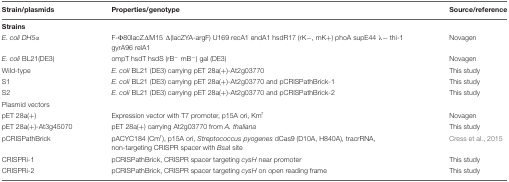
<table><thead><tr><td><b>Strain/plasmids</b></td><td><b>Properties/genotype</b></td><td><b>Source/reference</b></td></tr></thead><tbody><tr><td colspan="3"><b>Strains</b></td></tr><tr><td><i>E. coli DH5α</i></td><td>F-Φ80lacZΔM15 Δ(lacZYA-argF) U169 recA1 endA1 hsdR17 (rK-, mK+) phoA supE44 λ- thi-1 gyrA96 relA1</td><td>Novagen</td></tr><tr><td><i>E. coli</i> BL21(DE3)</td><td>ompT hsdT hsdS (rB<sup>-</sup> mB<sup>-</sup>) gal (DE3)</td><td>Novagen</td></tr><tr><td>Wild-type</td><td><i>E. coli</i> BL21 (DE3) carrying pET 28a(+)-At2g03770</td><td>This study</td></tr><tr><td>S1</td><td><i>E. coli</i> BL21 (DE3) carrying pET 28a(+)-At2g03770 and pCRISPathBrick-1</td><td>This study</td></tr><tr><td>S2</td><td><i>E. coli</i> BL21 (DE3) carrying pET 28a(+)-At2g03770 and pCRISPathBrick-2</td><td>This study</td></tr><tr><td colspan="3">Plasmid vectors</td></tr><tr><td>pET 28a(+)</td><td>Expression vector with T7 promoter, p15A ori, Km<sup>r</sup></td><td>Novagen</td></tr><tr><td>pET 28a(+)-At3g45070</td><td>pET 28a(+) carrying At2g03770 from <i>A. thaliana</i></td><td>This study</td></tr><tr><td>pCRISPathBrick</td><td>pACYC184 (Cm<sup>r</sup>), p15A ori, <i>Streptococcus pyogenes</i> dCas9 (D10A, H840A), tracrRNA, non-targeting CRISPR spacer with <i>Bsa</i>I site</td><td>Cress et al., 2015</td></tr><tr><td>CRISPRi-1</td><td>pCRISPathBrick, CRISPR spacer targeting <i>cysH</i> near promoter</td><td>This study</td></tr><tr><td>CRISPRi-2</td><td>pCRISPathBrick, CRISPR spacer targeting <i>cysH</i> on open reading frame</td><td>This study</td></tr></tbody></table>